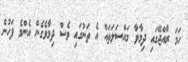
ހަމަ ރާއްޖޭގައި ދިމާވާ މައްސަލަތައް އެ ތަނުގައި ވެސް ދިމާވެގެން އެންމެ ފަހުން